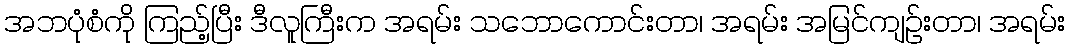
အဘပုံစံကို ကြည့်ပြီး ဒီလူကြီးက အရမ်း သဘောကောင်းတာ၊ အရမ်း အမြင်ကျဉ်းတာ၊ အရမ်း